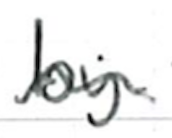
Text: by
Cross-out: wave
Writing tool: ballpoint